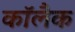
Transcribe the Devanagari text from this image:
कॉलैक